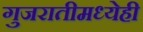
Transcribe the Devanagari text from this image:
गुजरातीमध्येही